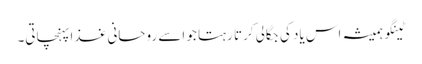
ٹینگو ہمیشہ اس یاد کی جگالی کرتا رہتا جو اسے روحانی غذا پہنچاتی۔